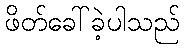
ဖိတ်ခေါ်ခဲ့ပါသည်